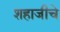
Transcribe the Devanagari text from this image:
शहाजीचे